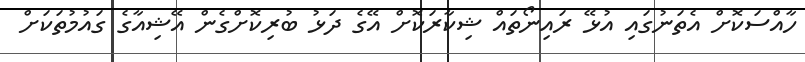
ހާއްސަކޮށް އެތަނުގައި އުޅޭ ރައިނޯތައް ޝިކާރަކޮށް އޭގެ ދަޅު ބުރިކޮށްގެން އޭޝިއާގެ ގައުމުތަކަށް